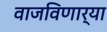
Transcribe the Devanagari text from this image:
वाजविणार्‍या